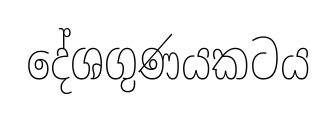
දේශගුණයකටය